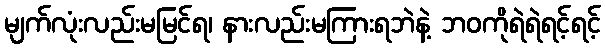
မျက်လုံးလည်းမမြင်ရ၊ နားလည်းမကြားရဘဲနဲ့ ဘဝကိုရဲရဲရင့်ရင့်